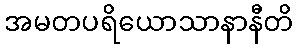
အမတပရိယောသာနာနီတိ